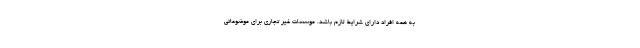
به همه افراد دارای شرایط لازم باشد. موسسات غیر تجاری برای موضوعاتی